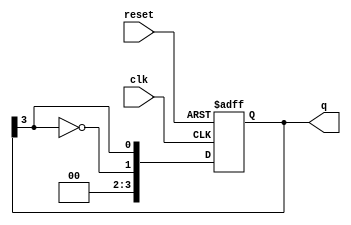
module johnson_counter #(
    parameter N = 4  // Number of flip-flops
)(
    input wire clk,        // Clock signal
    input wire reset,      // Asynchronous reset
    output reg [N-1:0] q   // Counter output
);

// Always block triggered on the clock edge
always @(posedge clk or posedge reset) begin
    if (reset) begin
        // Asynchronous reset: set output to 0
        q <= 0;
    end else begin
        // Johnson counter logic: shift and feedback
        q <= {~q[N-1], q[N-1:N-1]}; // Shift and feedback inverted last bit
    end
end

endmodule